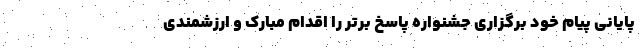
پایانی پیام خود برگزاری جشنواره پاسخ برتر را اقدام مبارک و ارزشمندی